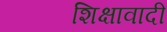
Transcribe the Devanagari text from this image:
शिक्षावादी